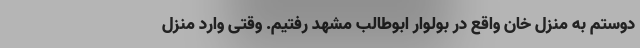
دوستم به منزل خان واقع در بولوار ابوطالب مشهد رفتیم. وقتی وارد منزل